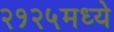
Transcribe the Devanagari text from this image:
२१२५मध्ये